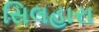
સિલહારા